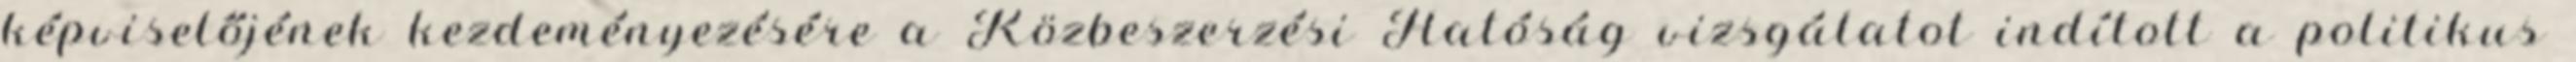
képviselőjének kezdeményezésére a Közbeszerzési Hatóság vizsgálatot indított a politikus